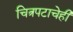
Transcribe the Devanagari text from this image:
चित्रपटाचेही